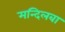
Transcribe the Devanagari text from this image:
मन्दिलबा